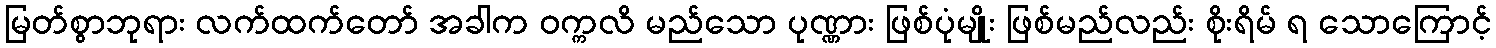
မြတ်စွာဘုရား လက်ထက်တော် အခါက ဝက္ကလိ မည်သော ပုဏ္ဏား ဖြစ်ပုံမျိုး ဖြစ်မည်လည်း စိုးရိမ် ရ သောကြောင့်